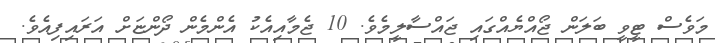
މަވެސް ޓީވީ ބަލަން ޖޯއްޔެއްގައި ޖައްސާލީމެވެ. 10 ޖެމާއިއެކު އެންމެން ދޯންޏަށް އަރައިފިއެވެ.